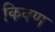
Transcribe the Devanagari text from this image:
किवण